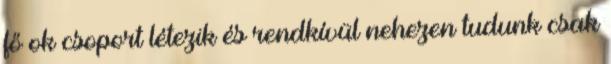
fő ok csoport létezik és rendkívül nehezen tudunk csak